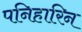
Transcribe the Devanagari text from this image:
पनिहारिन